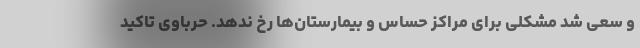
و سعی شد مشکلی برای مراکز حساس و بیمارستان‌ها رخ ندهد. حرباوی تاکید